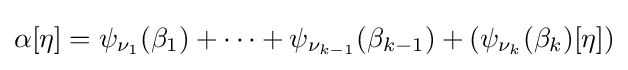
\alpha [\eta ]=\psi _{\nu _{1}}(\beta _{1})+\cdots +\psi _{\nu _{k-1}}(\beta _{k-1})+(\psi _{\nu _{k}}(\beta _{k})[\eta ])